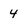
Character: 4